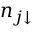
n _ { j \downarrow }